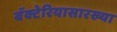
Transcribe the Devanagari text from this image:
बॅक्टेरियासारख्या